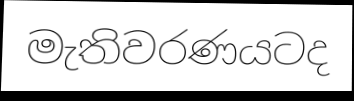
මැතිවරණයටද